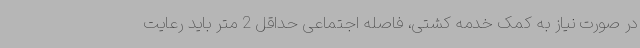
در صورت نیاز به کمک خدمه کشتی، فاصله اجتماعی حداقل 2 متر باید رعایت